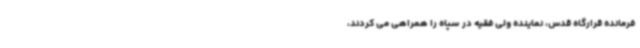
فرمانده قرارگاه قدس، نماینده ولی فقیه در سپاه را همراهی می کردند،